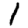
Digit: 1